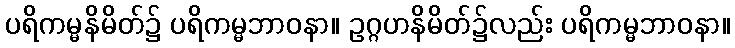
ပရိကမ္မနိမိတ်၌ ပရိကမ္မဘာဝနာ။ ဥဂ္ဂဟနိမိတ်၌လည်း ပရိကမ္မဘာဝနာ။